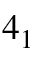
4 _ { 1 }